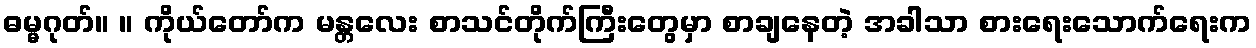
ဓမ္မဂုတ်။ ။ ကိုယ်တော်က မန္တလေး စာသင်တိုက်ကြီးတွေမှာ စာချနေတဲ့ အခါသာ စားရေးသောက်ရေးက